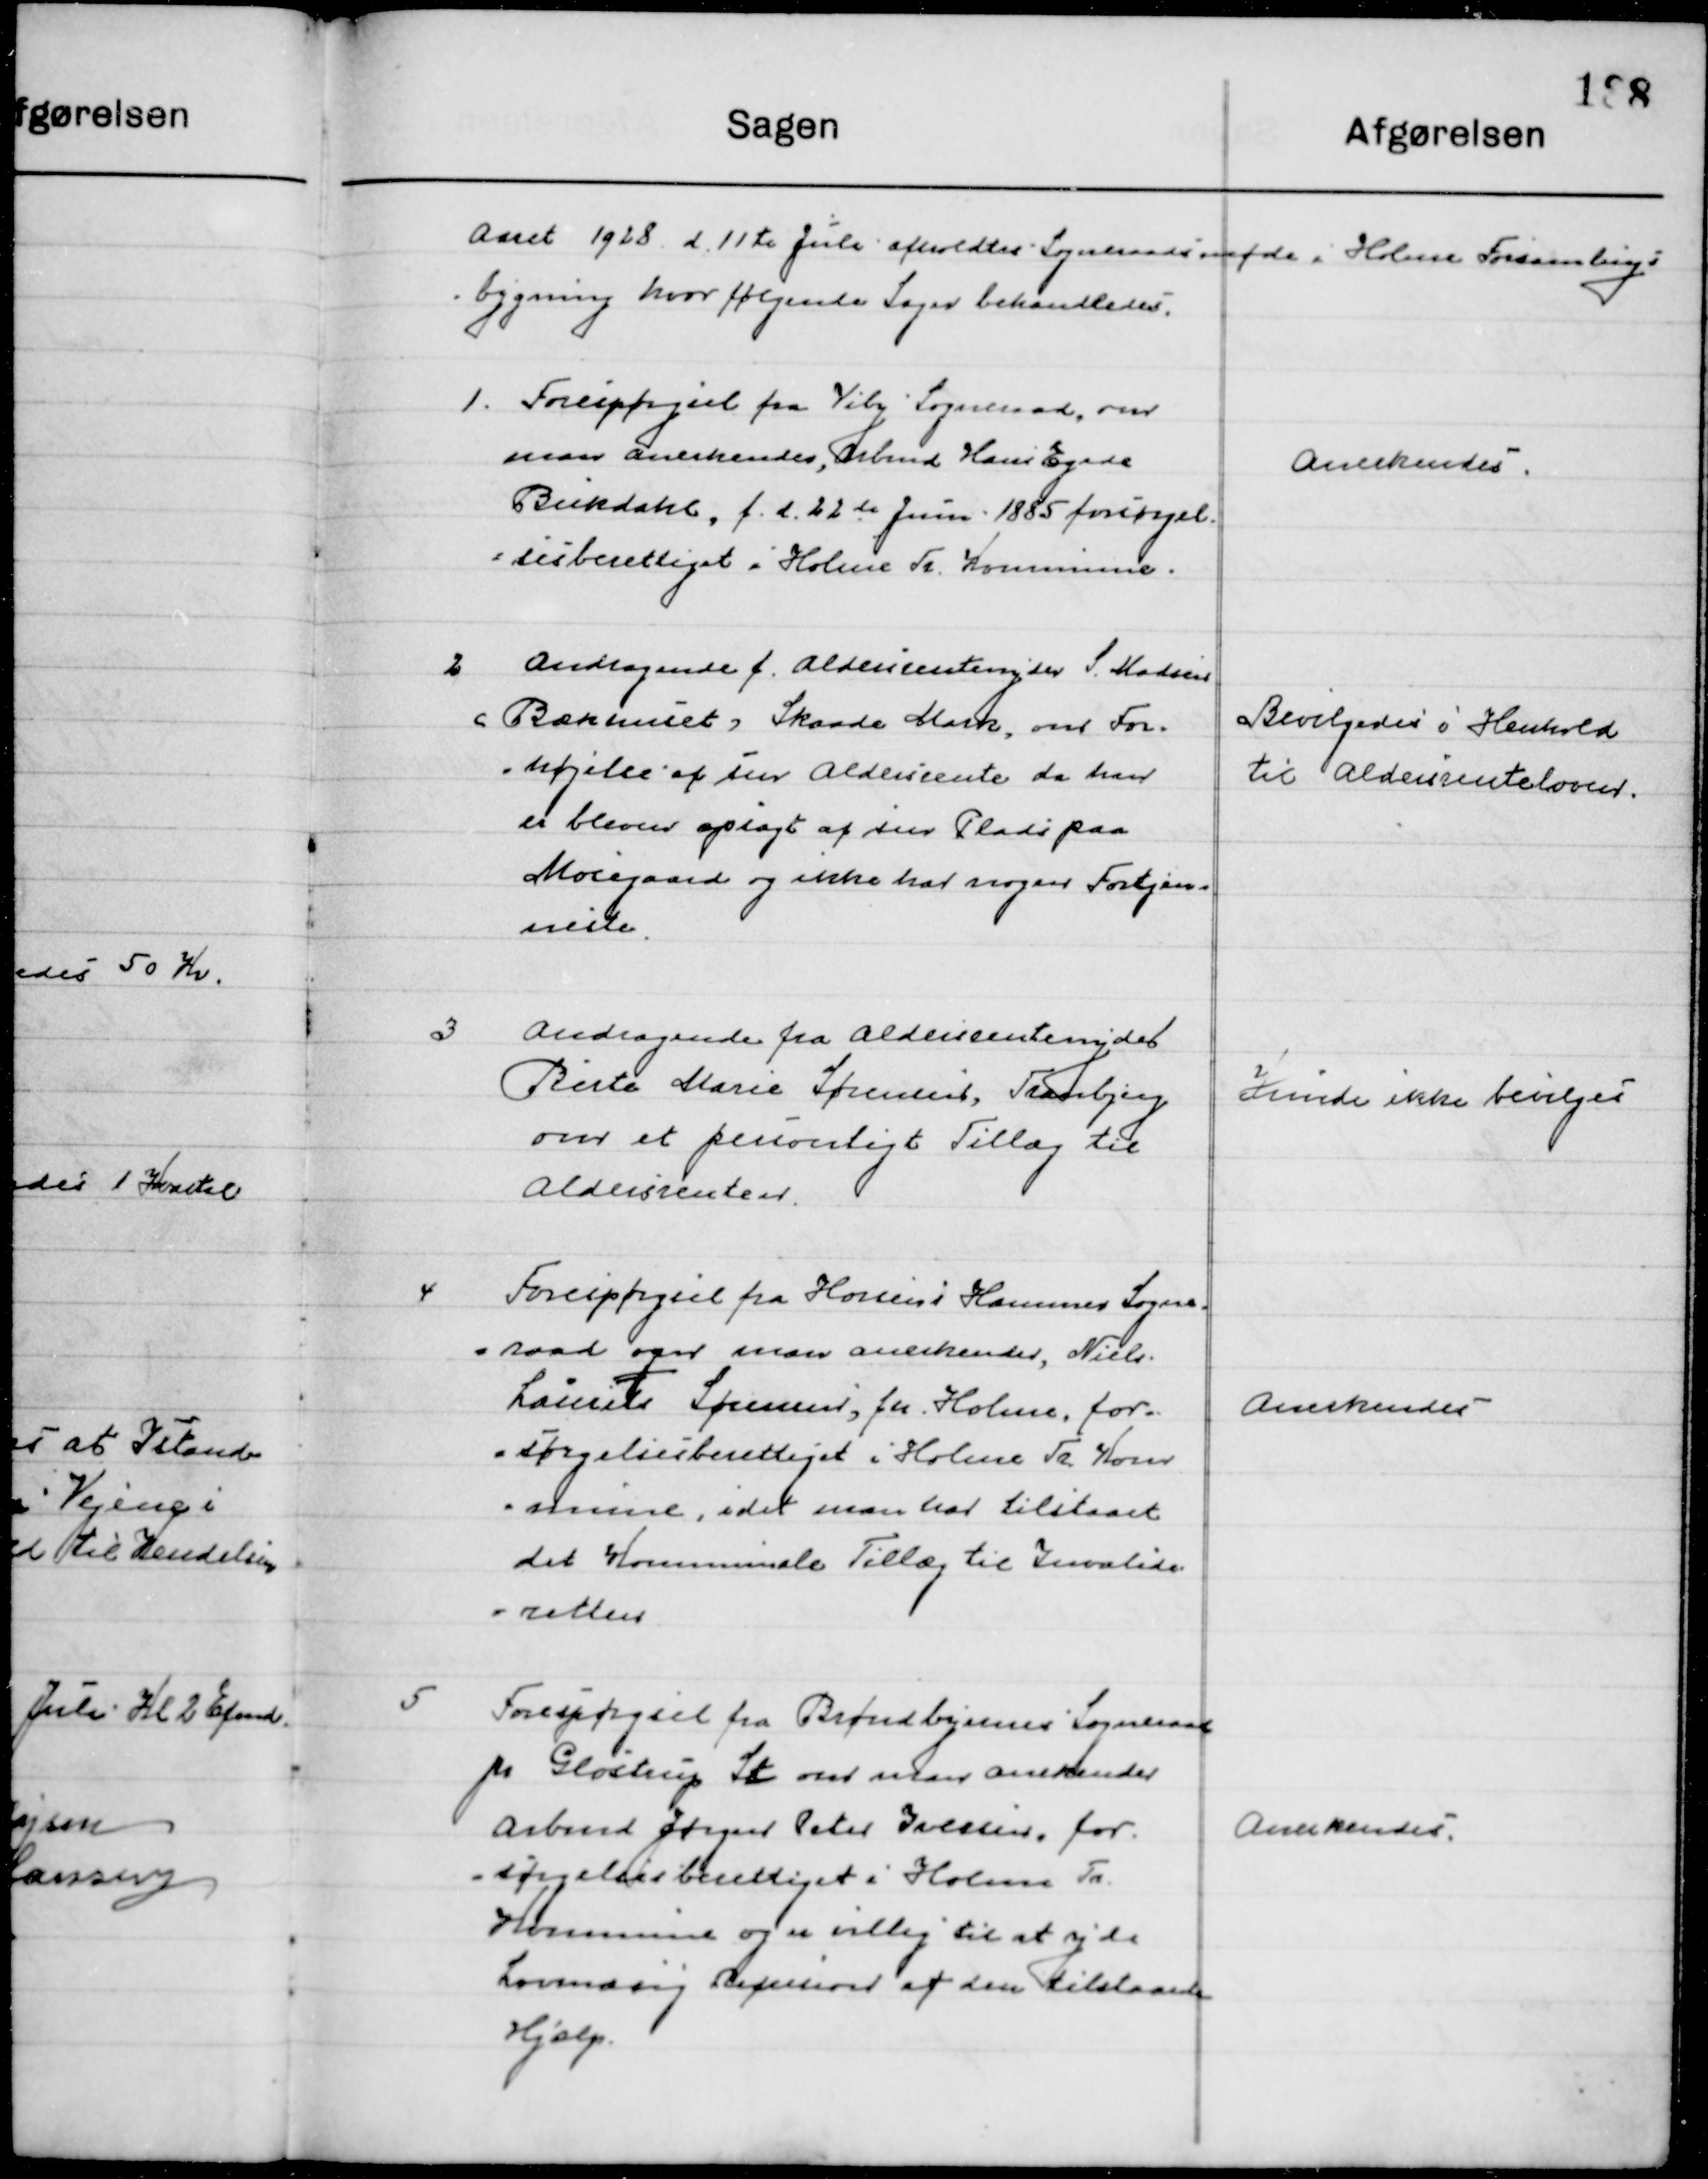
Transskription:
Aaret 1928 d. 11de Juli afholdt Sogneraadsmøde i Holme Forsamlings.
bygning hvor følgende Sager behandledes.

1

Forespørgsel fra Viby Sogneraad, om 
man anerkender, Arbmd. Hans Egede
Bukdahl, f. d. 22de Juni 1885 forsørgelses- 	
berettiget i Holme Tr. Kommune.

Anerkendes

2

Andragende f. Aldersrenteyder S. Madsen 
I Bækhuset, Skaade Mark, om For-
højelse af sin Aldersrente da hun
er bleven opsagt af sin Plads paa
Moesgaard og ikke har nogen Fortje-
neste

Bevilgedes i Henhold
til Alder rente loven

3

Andragende fra Aldersrenteyder
Birte Marie Sørensen, Tranbjerg
om et personligt Tillæg til
Aldersrenten.

Kunde ikke bevilges

4

Forespørgsel fra hornslet Kommunes Sogne-
raad om man anerkender, Niels
Laurits Sørensen, fra Holme, for-
sørgelsesberettiget i Holme Tr. Kom-
mune idet man har tilstaaet
det Kommunale Tillæg til Invalide-
renten

Anerkendes

5

Forespørgsel fra Brøndbyernes Sogneraad 
pr. Glostrup St. om man anerkender
Arbmd. Jørgen Peter Iversen, for-
sørgelsesberettiget i Holme Tr. 
Kommune og er villig til at yde 
Lovmæssig Refusion af den Tilstaaede 
Hjælp

Anerkendes